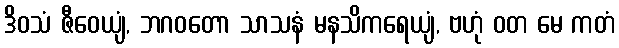
ဒိဝသံ ဇီဝေယျံ, ဘဂဝတော သာသနံ မနသိကရေယျံ, ဗဟုံ ဝတ မေ ကတံ